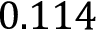
0 . 1 1 4